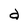
Character: d